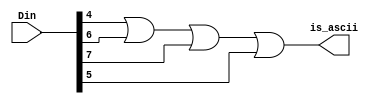
// Copyright (C) 2020  Intel Corporation. All rights reserved.
// Your use of Intel Corporation's design tools, logic functions 
// and other software and tools, and any partner logic 
// functions, and any output files from any of the foregoing 
// (including device programming or simulation files), and any 
// associated documentation or information are expressly subject 
// to the terms and conditions of the Intel Program License 
// Subscription Agreement, the Intel Quartus Prime License Agreement,
// the Intel FPGA IP License Agreement, or other applicable license
// agreement, including, without limitation, that your use is for
// the sole purpose of programming logic devices manufactured by
// Intel and sold by Intel or its authorized distributors.  Please
// refer to the applicable agreement for further details, at
// https://fpgasoftware.intel.com/eula.

// PROGRAM		"Quartus Prime"
// VERSION		"Version 20.1.1 Build 720 11/11/2020 SJ Lite Edition"
// CREATED		"Wed Dec 22 12:39:30 2021"

module is_ascii(
	Din,
	is_ascii
);


input wire	[7:0] Din;
output wire	is_ascii;





assign	is_ascii = Din[4] | Din[6] | Din[7] | Din[5];


endmodule